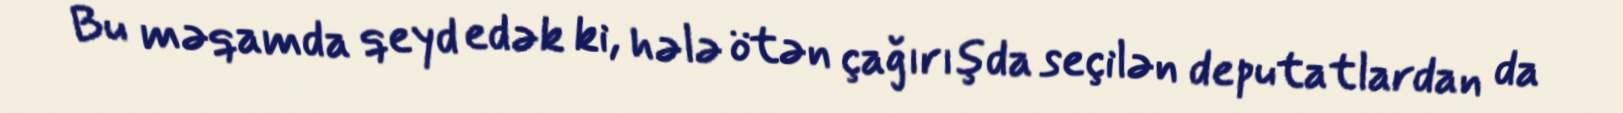
Bu məqamda qeyd edək ki, hələ ötən çağırışda seçilən deputatlardan da